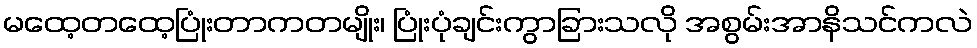
မထေ့တထေ့ပြုံးတာကတမျိုး၊ ပြုံးပုံချင်းကွာခြားသလို အစွမ်းအာနိသင်ကလဲ